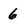
Character: 6